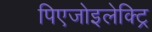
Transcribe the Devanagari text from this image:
पिएजोइलेक्ट्रि